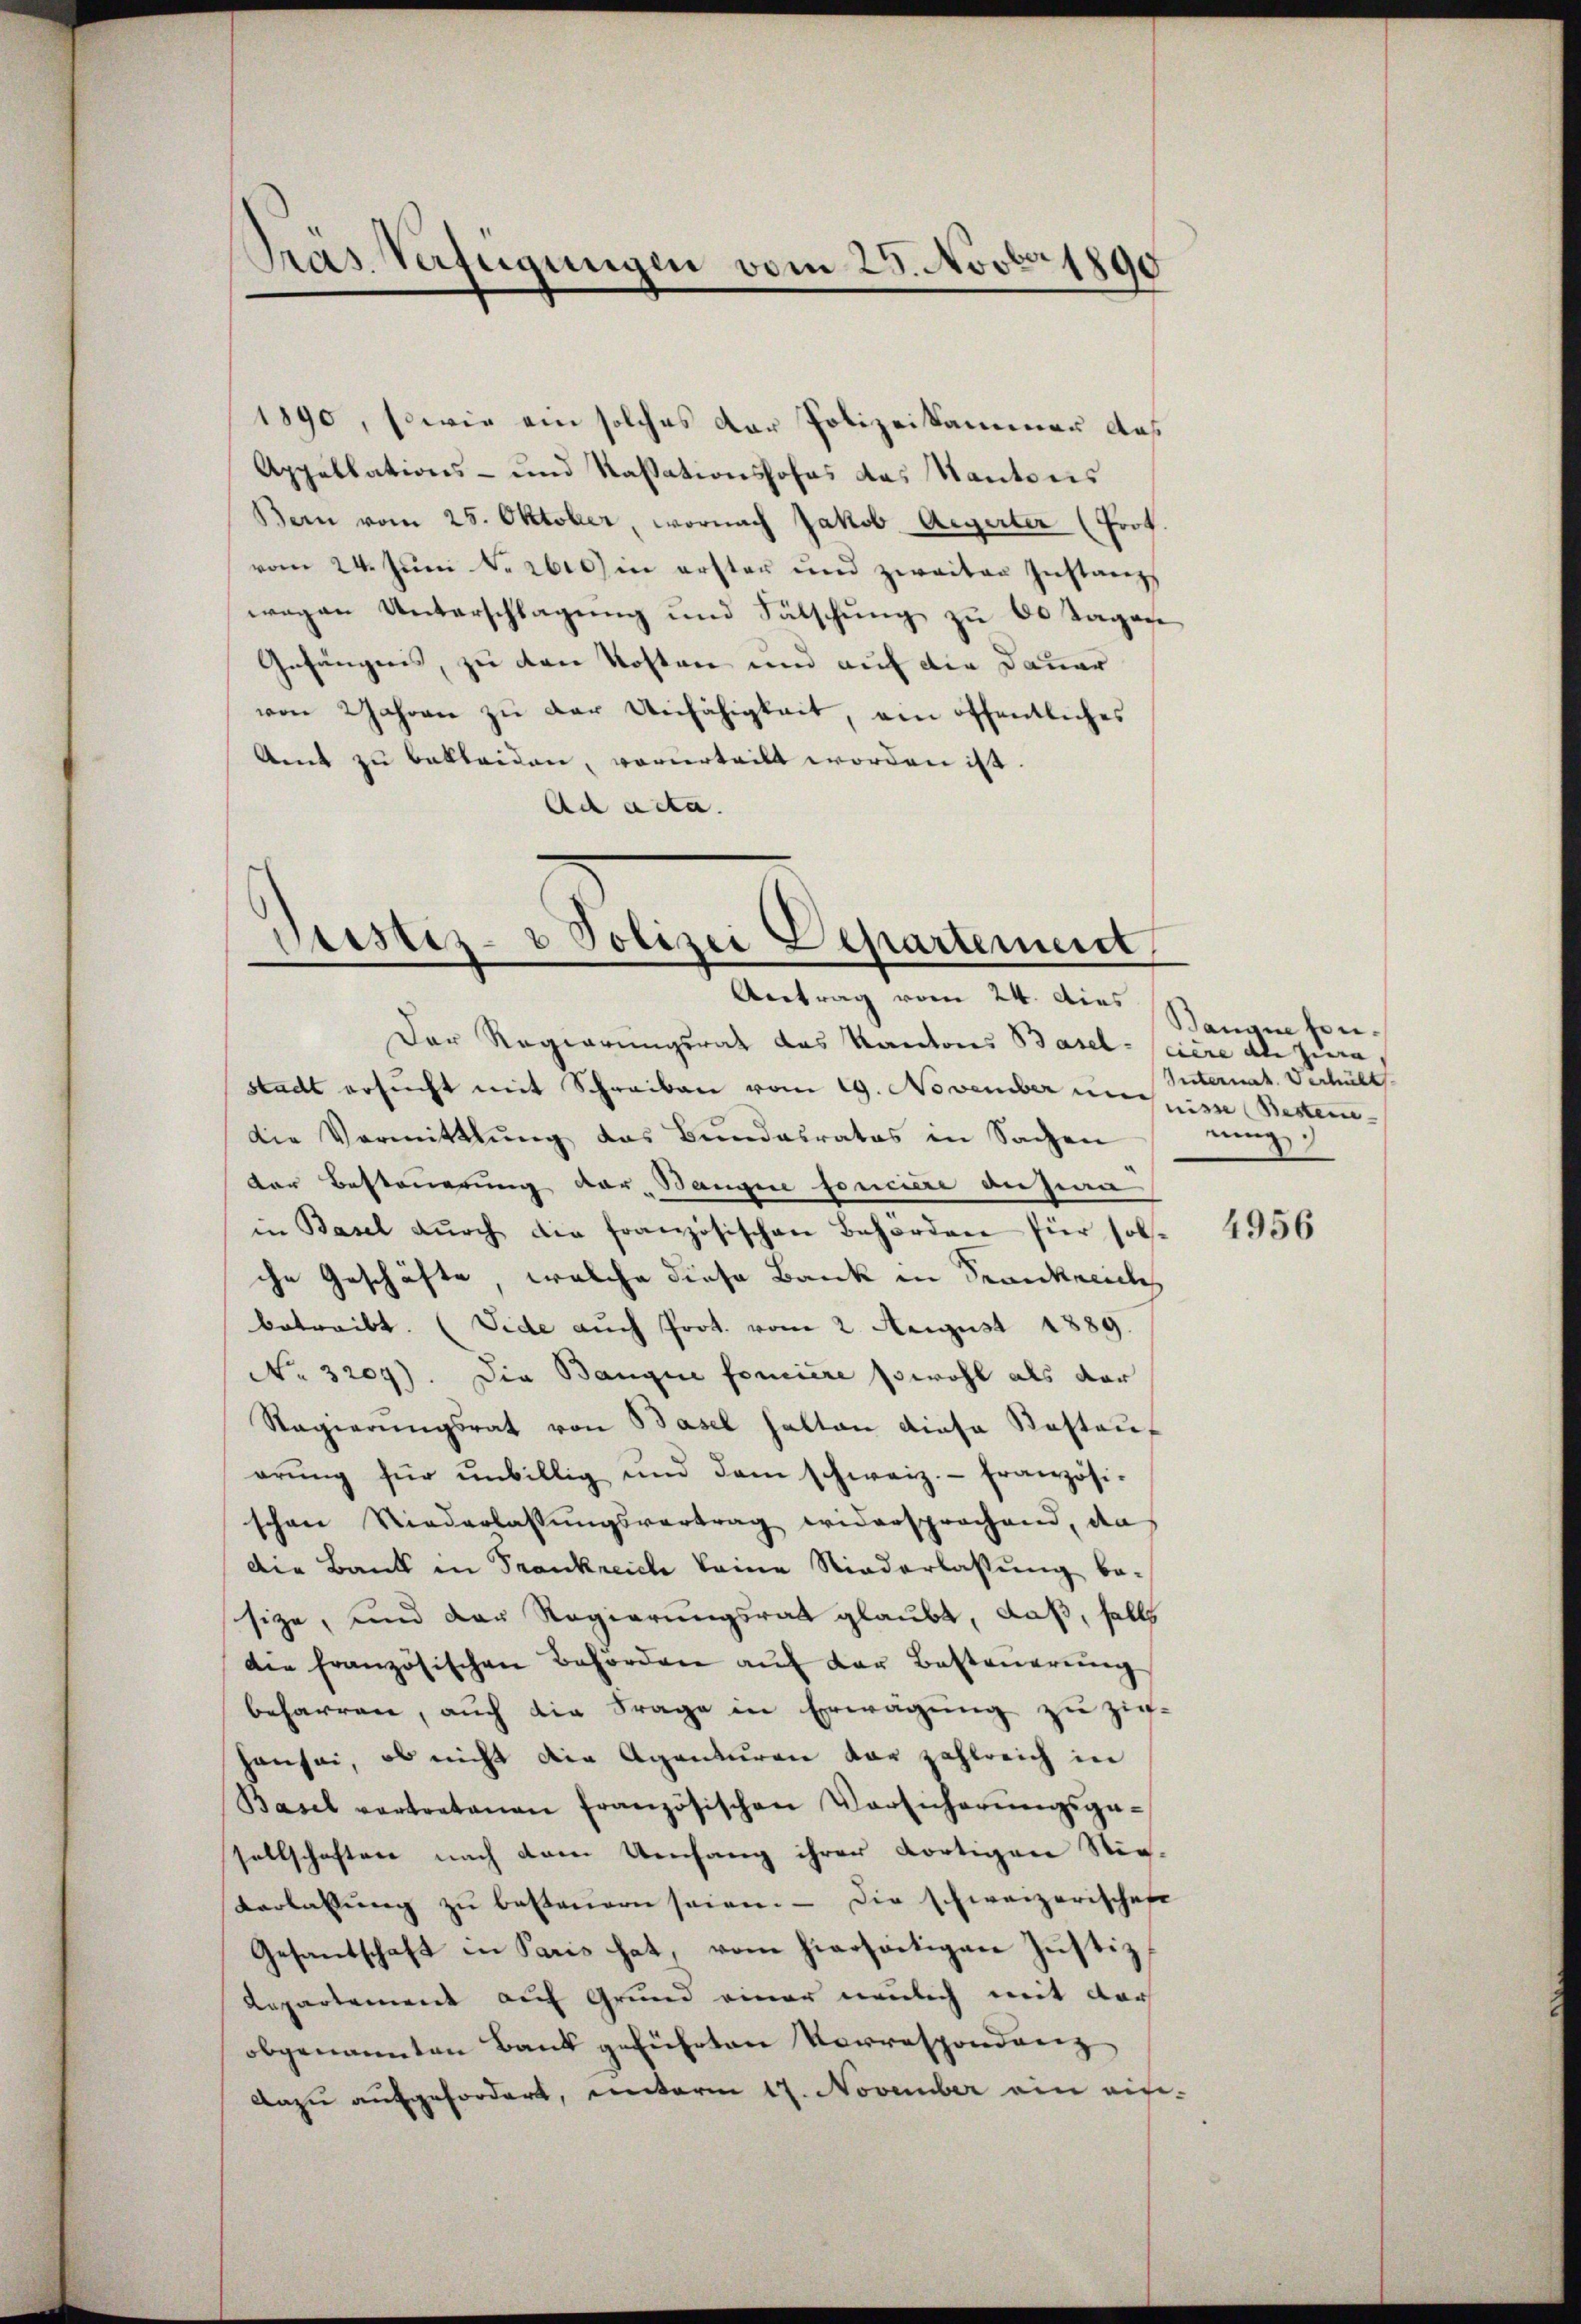
Präs. Verfügungen vom 25. Novbr 1890

1890, sowie ein solches der Polizeikammer das
Appellations- und Kassationshofes das Kantons
Bern vom 25. Oktober, wornach Jakob Aegerter (Prot.
vom 24. Juni No 2600) in erster und zweiter Instanzs
wegen Unterschlagung und Sätschung zu 60 Tagen
Gefängnis, zu den Kosten und auf die Dauer
ven Jahren zu der Unfähigkeit, ein öffentliches
Amt zu bekleiden, vorderteilt worden ist.
Ad acta.

Pustiz- & Polizei Departement
Antrag vom 24. Dies

Der Regierungsrat das Kantons Basel - sciere als zura
Stadt ersucht mit Schreiben vom 19. November einen Besten
die Vermittlung das Bŭndesrates in Sachen
der Besteuerung dar, Bangie foncière anzia
in Basel durch die französischen Behörden für sollche Geschäfte welche diese Bank in Krankreiche
betreibt. (Vide auch Prot. vom 2. August 1889.
No 3204). Die Banque forciere sowohl als dar
Ragierŭngsrat von Basel halten diese Kastauf
erŭng für unbillig und dem schweiz.- französi-
schon Niederlassŭngsvertrag widersprochend, den
Die Bank in Frankreich keine Niederlassung be-
size, und der Regierungsrat glaubt, daß, falls
die französischen Behörden auf der Besteuerung
beharren, auch die Frage in Erwägung zu ziehausei, ob nicht die Agenturen dar zahlreich in
Basel vertretenen französischen Vorsicherŭngsge-
sellschaften nach dem Umfang ihrer dortigen Stig-
Verlassŭng zu besteuern seien. — Die schweizerischen
Gesantschaft in Paris hat, vom hierseitigen Justiz¬
Repartement auf Grund einer neulich mit dar
obgenannten Bank geführten Vorrespondenz
Dazu aufgefordert, unterm 17. November ein auf¬

Banane von¬
Internat. Verhült
nung

4956